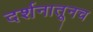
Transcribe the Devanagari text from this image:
दर्शनातूनच